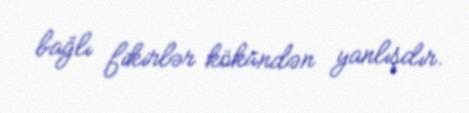
bağlı fikirlər kökündən yanlışdır.